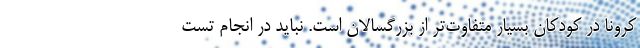
کرونا در کودکان بسیار متفاوت‌تر از بزرگسالان است. نباید در انجام تست